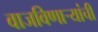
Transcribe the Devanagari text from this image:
वाजविणार्‍यांची